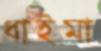
ধাইমা